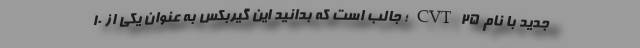
جدید با نام CVT25؛ جالب است که بدانید این گیربکس به عنوان یکی از 10